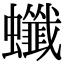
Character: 䘋